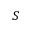
S